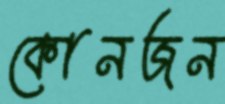
কোনজন